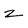
Character: Z